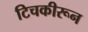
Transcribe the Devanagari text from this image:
टिचकीरून